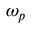
\omega _ { p }